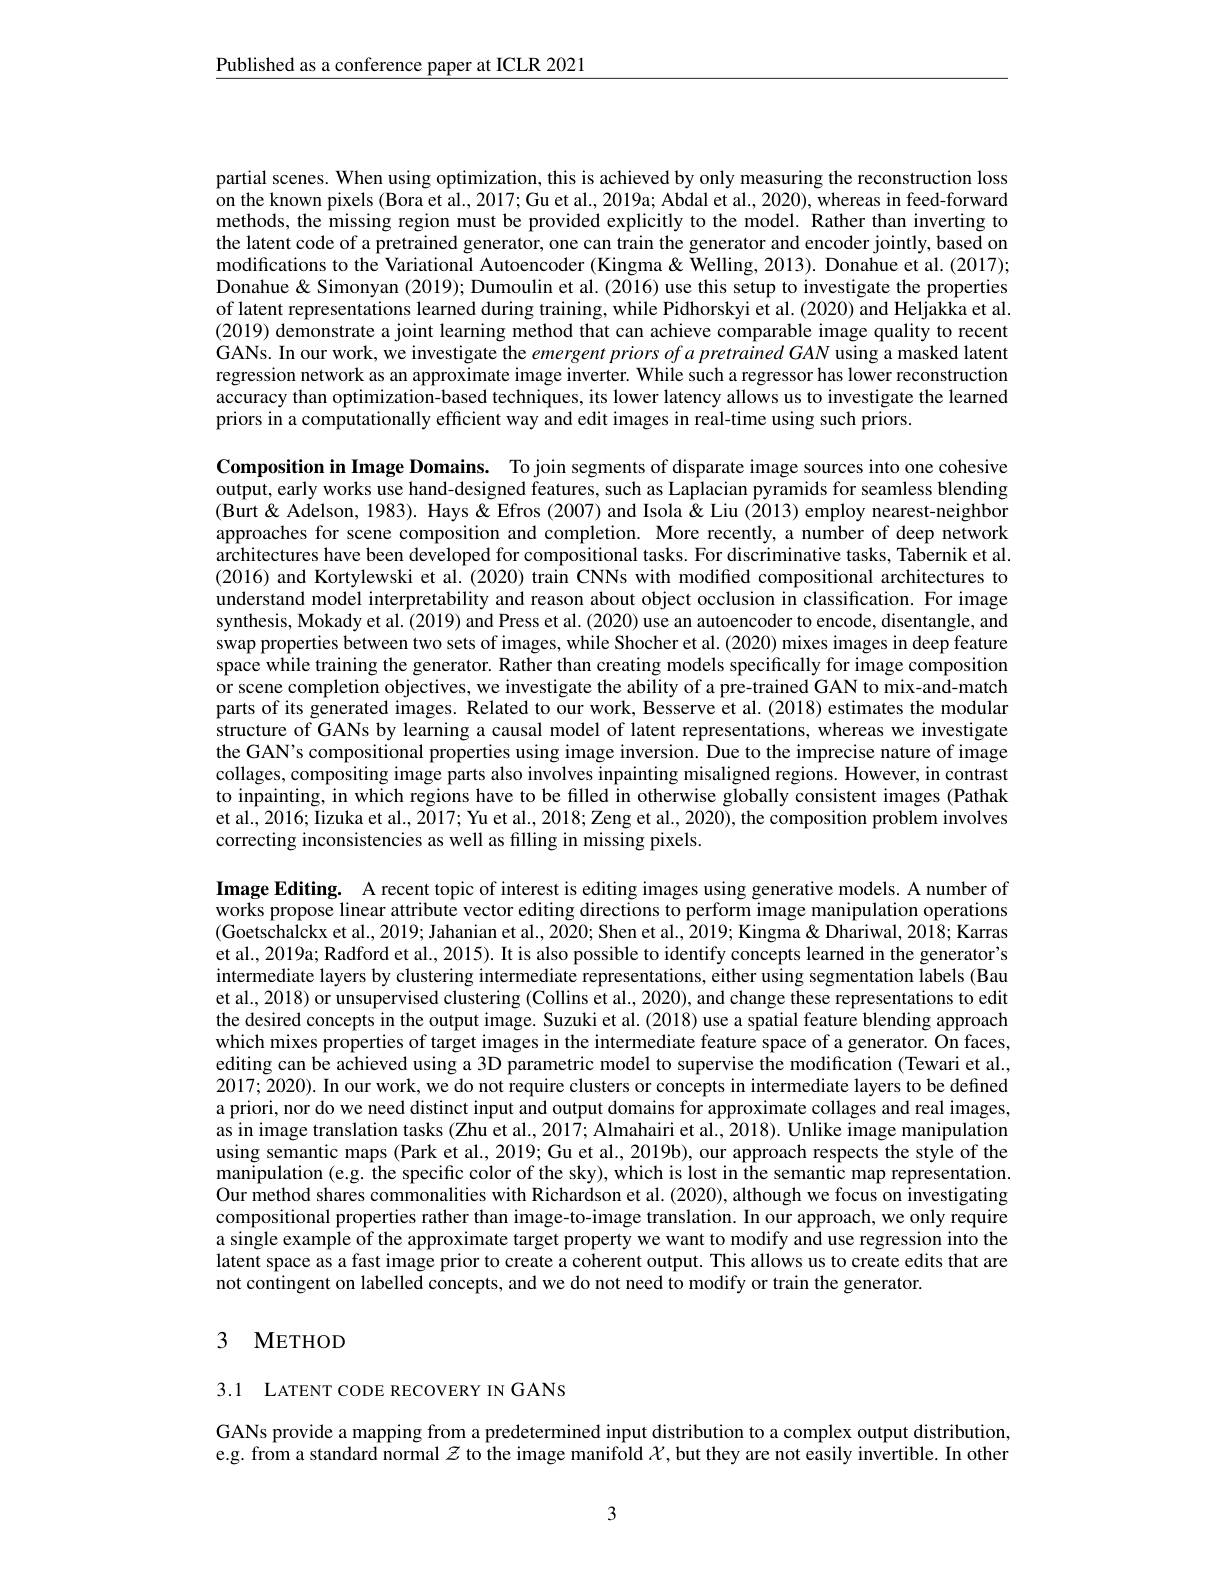
$\underline{\text{Published as a conference paper at ICLR 2021}}$

partial scenes. When using optimization, this is achieved by only measuring the reconstruction loss on the known pixels (Bora et al., 2017; Gu et al., 2019a; Abdal et al., 2020), whereas in feed-forward methods, the missing region must be provided explicitly to the model. Rather than inverting to the latent code of a pretrained generator, one can train the generator and encoder jointly, based on modifications to the Variational Autoencoder (Kingma & Welling, 2013). Donahue et al. (2017); Donahue & Simonyan (2019); Dumoulin et al. (2016) use this setup to investigate the properties of latent representations learned during training, while Pidhorskyi et al. (2020) and Heljakka et al. (2019) demonstrate a joint learning method that can achieve comparable image quality to recent GANs. In our work, we investigate the emergent priors of a pretrained GAN using a masked latent regression network as an approximate image inverter. While such a regressor has lower reconstruction accuracy than optimization-based techniques, its lower latency allows us to investigate the learned priors in a computationally efficient way and edit images in real-time using such priors.

Composition in Image Domains. To join segments of disparate image sources into one cohesive output, early works use hand-designed features, such as Laplacian pyramids for seamless blending (Burt & Adelson, 1983). Hays& Efros (2007) and Isola& Liu (2013) employ nearest-neighbor approaches for scene composition and completion. More recently, a number of deep network architectures have been developed for compositional tasks. For discriminative tasks, Tabernik et al. (2016) and Kortylewski et al.(2020) train CNNs with modified compositional architectures to understand model interpretability and reason about object occlusion in classification. For image synthesis, Mokady et al. (2019) and Press et al. (2020) use an autoencoder to encode, disentangle, and swap properties between two sets of images, while Shocher et al. (2020) mixes images in deep feature space while training the generator. Rather than creating models specifically for image composition or scene completion objectives, we investigate the ability of a pre-trained GAN to mix-and-match parts of its generated images. Related to our work, Besserve et al.(2018) estimates the modular structure of GANs by learning a causal model of latent representations, whereas we investigate the GAN's compositional properties using image inversion. Due to the imprecise nature of image collages, compositing image parts also involves inpainting misaligned regions. However, in contrast to inpainting, in which regions have to be filled in otherwise globally consistent images (Pathak et al., 2016; Iizuka et al., 2017; Yu et al., 2018; Zeng et al., 2020), the composition problem involves correcting inconsistencies as well as filling in missing pixels.

Image Editing. A recent topic of interest is editing images using generative models. A number of works propose linear attribute vector editing directions to perform image manipulation operations (Goetschalckx et al., 2019; Jahanian et al., 2020; Shen et al., 2019; Kingma & Dhariwal, 2018; Karras et al., 2019a; Radford et al., 2015). It is also possible to identify concepts learned in the generator's intermediate layers by clustering intermediate representations, either using segmentation labels (Bau et al., 2018) or unsupervised clustering (Collins et al., 2020), and change these representations to edit the desired concepts in the output image. Suzuki et al. (2018) use a spatial feature blending approach which mixes properties of target images in the intermediate feature space of a generator. On faces, editing can be achieved using a 3D parametric model to supervise the modification (Tewari et al., 2017; 2020). In our work, we do not require clusters or concepts in intermediate layers to be defined a priori, nor do we need distinct input and output domains for approximate collages and real images, as in image translation tasks (Zhu et al., 2017; Almahairi et al., 2018). Unlike image manipulation using semantic maps (Park et al., 2019; Gu et al., 2019b), our approach respects the style of the manipulation (e.g. the specific color of the sky), which is lost in the semantic map representation. Our method shares commonalities with Richardson et al. (2020), although we focus on investigating compositional properties rather than image-to-image translation. In our approach, we only require a single example of the approximate target property we want to modify and use regression into the latent space as a fast image prior to create a coherent output. This allows us to create edits that are not contingent on labelled concepts, and we do not need to modify or train the generator.

# 3 METHOD

3.1 LATENT CODE RECOVERY IN GANS

GANs provide a mapping from a predetermined input distribution to a complex output distribution, e.g. from a standard normal $z$ to the image manifold $\chi$ but they are not easily invertible. In other

3